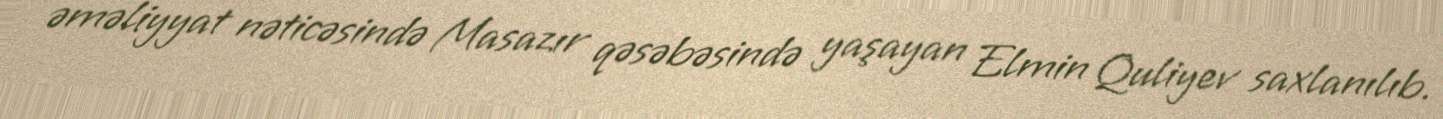
əməliyyat nəticəsində Masazır qəsəbəsində yaşayan Elmin Quliyev saxlanılıb.